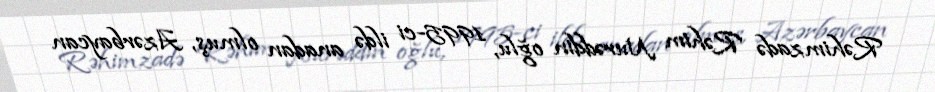
Rəhimzadə Rəhim Nurəddin oğlu, 1995-ci ildə anadan olmuş, Azərbaycan